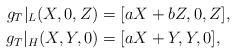
LaTeX: \begin{align*} g_T|_L(X,0,Z) &= [aX+bZ,0,Z],&& \\ g_T|_H(X,Y,0) &= [aX+Y,Y,0],&&\end{align*}